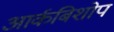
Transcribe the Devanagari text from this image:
आर्कबिशोप